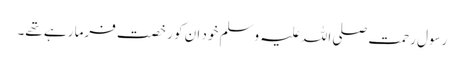
رسولِ رحمت صلی اللہ علیہ وسلم خود ان کو رخصت فرما رہے تھے۔